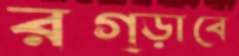
রগ্‌ড়াবে